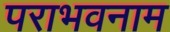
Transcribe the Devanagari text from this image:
पराभवनाम